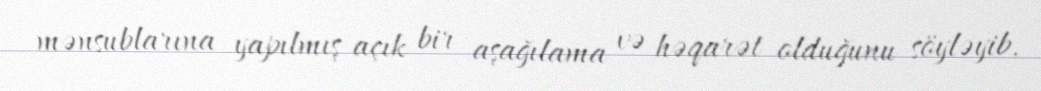
mənsublarına yapılmış açık bir aşağılama və həqarət olduğunu söyləyib.